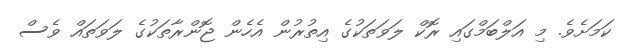
ކަމަށެވެ. މި އަލްބަމްގައި ރޮކް ލަވަތަކުގެ އިތުރުން އެހެން ޖޮންރާތަކުގެ ލަވަތައް ވެސް